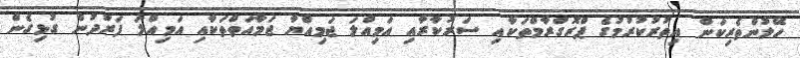
ހޭލުންތެރިކަން އިތުރުކުރުމުގެ ޕްރޮގްރާމްތަކާއި ސަރުކާރާއި އަމިއްލަ ޖަމިއްޔާ ޖަމާއަތްތަކާއި އަމިއްލަ ފަރުދުން ގުޅިގެން